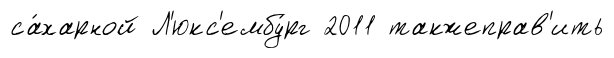
са́харной Л'юкс'ембу́рг 2011 такжеправ'ить